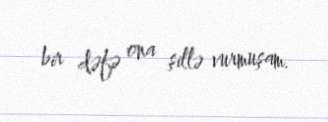
bir dəfə ona şillə vurmuşam.